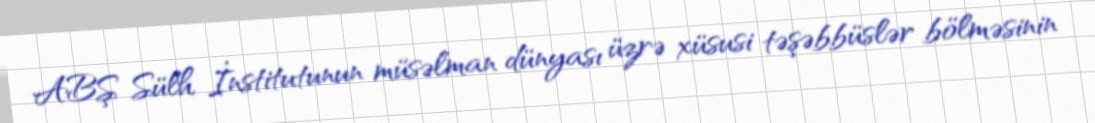
ABŞ Sülh İnstitutunun müsəlman dünyası üzrə xüsusi təşəbbüslər bölməsinin